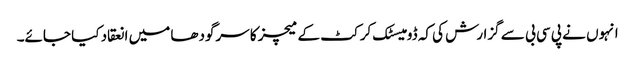
انہوں نے پی سی بی سے گزارش کی کہ ڈومیسٹک کرکٹ کے میچز کا سرگودھا میں انعقاد کیا جائے۔